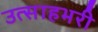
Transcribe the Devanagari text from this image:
उत्साहभरी